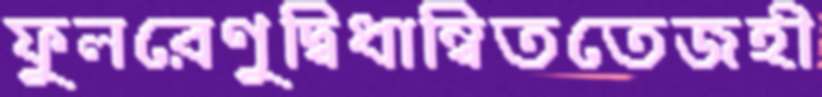
ফুলরেণুদ্বিধান্বিততেজহী